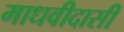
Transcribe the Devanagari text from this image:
माधवीदासी